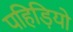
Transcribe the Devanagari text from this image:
पहिड़ियो